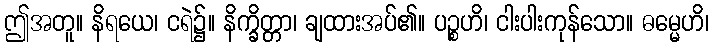
ဤအတူ။ နိရယေ၊ ငရဲ၌။ နိက္ခိတ္တာ၊ ချထားအပ်၏။ ပဉ္စဟိ၊ ငါးပါးကုန်သော။ ဓမ္မေဟိ၊